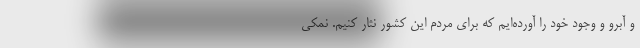
و آبرو و وجود خود را آورده‌ایم که برای مردم این کشور نثار کنیم. نمکی